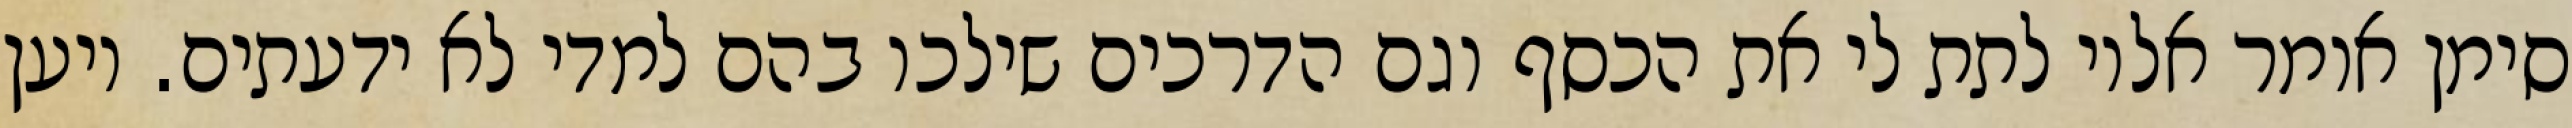
סימן אומר אליו לתת לי את הכסף וגם הדרכים שילכו בהם למדי לא ידעתים. ויען